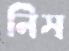
নিস